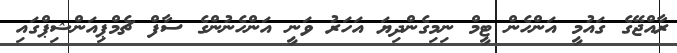
ރާއްޖޭގެ ގައުމީ އަންހެން ޓީމް ނިމިގެންދިޔަ އަހަރު ވަނީ އަންހެނުންގެ ސާފް ޗެމްޕިއަންޝިޕްގައި